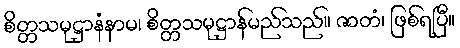
စိတ္တသမုဋ္ဌာနံနာမ၊ စိတ္တသမုဋ္ဌာန်မည်သည်။ ဇာတံ၊ ဖြစ်ရပြီ။